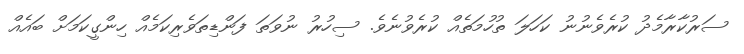
ސަރުކާރާމެދު ކުރެވެނުނު ކަހަލަ ތުހުމަތެއް ކުރެވުނެވެ. ސިހުރު ނުވަތަ ފަންޑިތަވެރިކަމެއް ހިންގީކަމަށް ބައެއް